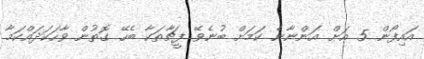
އައިފޯން 5 އަށް އަންނާނެ ކަމަށް ބުނެވޭ ފީޗާތަކާ ބެހޭ ގޮތުން ވާހަކަދައްކަމާ